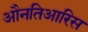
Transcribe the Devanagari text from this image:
औनतिआरिस